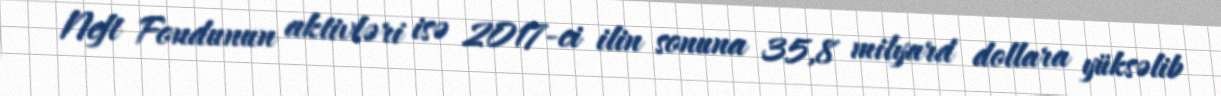
Neft Fondunun aktivləri isə 2017-ci ilin sonuna 35,8 milyard dollara yüksəlib